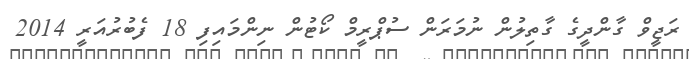
ރަޖީވް ގާންދީގެ ގާތިލުން ނުމަރަން ސުޕްރީމް ކޯޓުން ނިންމައިފި 18 ފެބުރުއަރީ 2014